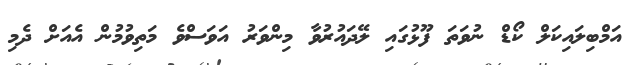
އަމްބިލައިކަލް ކޯޑް ނުވަތަ ފޫޅުގައި ލޭދައުރުވާ މިންވަރު އަވަސްވެ މަތިވުމުން އެއަށް ދެމި